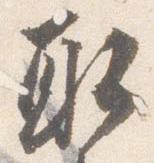
取